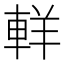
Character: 𨋽